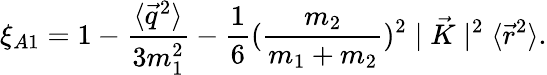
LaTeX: \xi_{A1}=1-\frac{\langle\vec{q}^{2}\rangle}{3m_{1}^{2}}-\frac{1}{6}(\frac{m_{2}}{m_{1}+m_{2}})^{2}\mid\vec{K}\mid^{2}\langle\vec{r}^{2}\rangle.